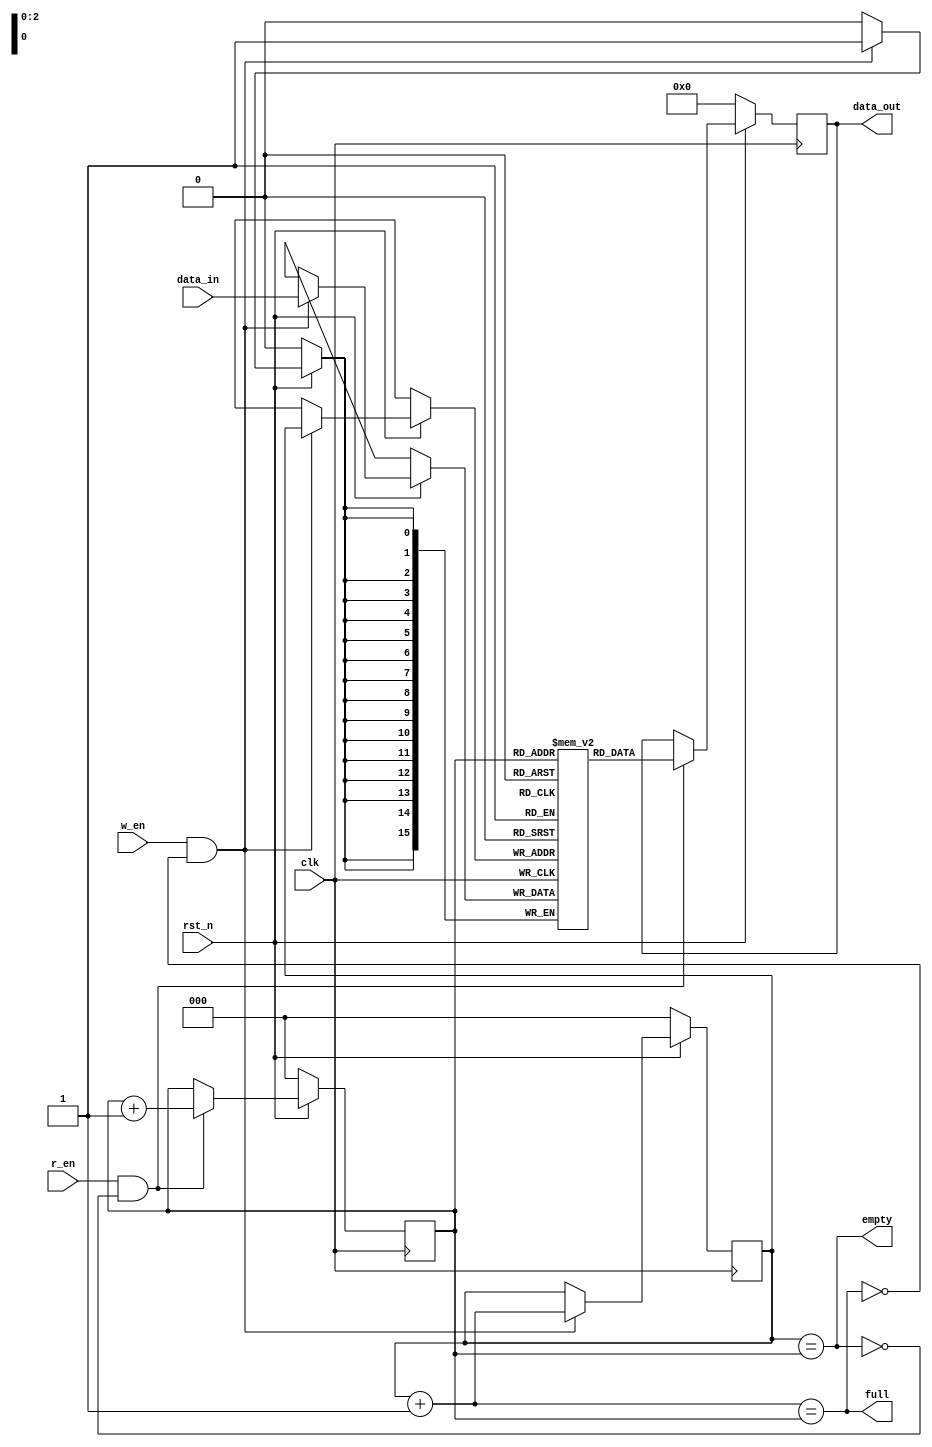
module fifo #(parameter DEPTH=8, DATA_WIDTH=16) (
  input clk, rst_n,
  input w_en, r_en,
  input [DATA_WIDTH-1:0] data_in,
  output reg [DATA_WIDTH-1:0] data_out,
  output full, empty
);
  
  reg [$clog2(DEPTH)-1:0] w_ptr, r_ptr;
  reg [DATA_WIDTH-1:0] fifo[DEPTH];
  
  // Set Default values on reset.
  always@(posedge clk) 
  begin
      if(!rst_n) 
      begin
          w_ptr <= 0; r_ptr <= 0;
          data_out <= 0;
      end
      else 
      begin

          // To read data from FIFO
          if(w_en & !full)begin
              fifo[w_ptr] <= data_in;
              w_ptr <= w_ptr + 1;
          end

          // To read data from FIFO
          if(r_en & !empty) begin
              data_out <= fifo[r_ptr];
              r_ptr <= r_ptr + 1;
          end
      end
  end

  assign full = ((w_ptr+1'b1) == r_ptr);
  assign empty = (w_ptr == r_ptr);
endmodule